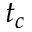
t _ { c }